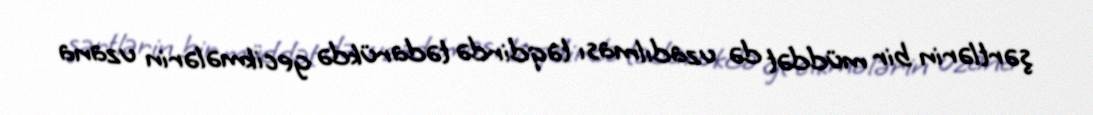
şərtlərin bir müddət də uzadılması təqdirdə tədarükdə gecikmələrin uzana